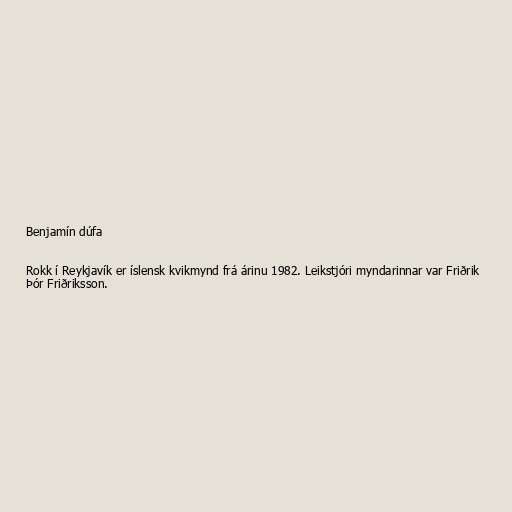
Benjamín dúfa

Rokk í Reykjavík er íslensk kvikmynd frá árinu 1982. Leikstjóri myndarinnar var Friðrik
Þór Friðriksson.